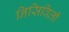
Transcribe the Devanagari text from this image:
निसिविली